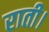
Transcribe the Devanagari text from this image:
राती।